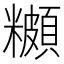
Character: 𬖾